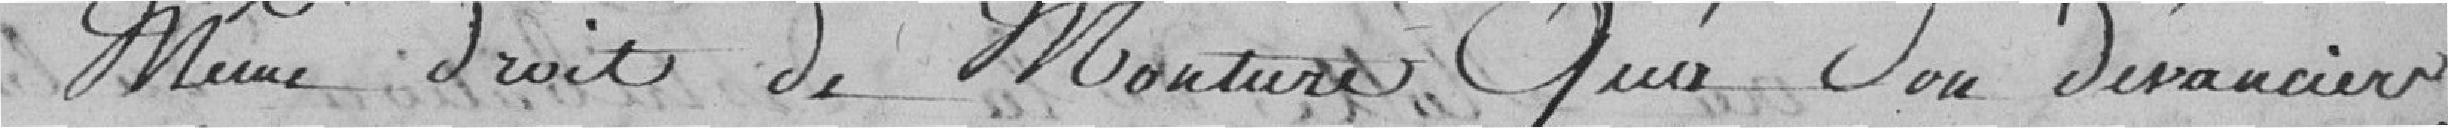
même droit de mouture que son devancier